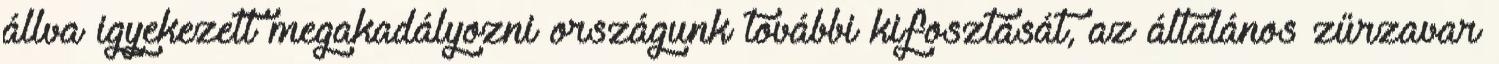
állva igyekezett megakadályozni országunk további kifosztását, az általános zűrzavar